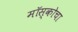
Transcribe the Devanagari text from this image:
मॉस्कोचा